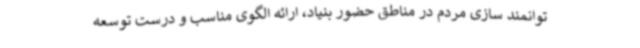
توانمند سازی مردم در مناطق حضور بنیاد، ارائه الگوی مناسب و درست توسعه